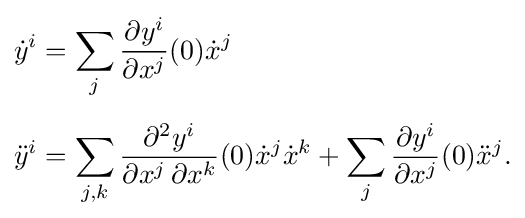
{\begin{aligned}&{\dot {y}}^{i}=\sum _{j}{\frac {\partial y^{i}}{\partial x^{j}}}(0){\dot {x}}^{j}\\[5pt]&{\ddot {y}}^{i}=\sum _{j,k}{\frac {\partial ^{2}y^{i}}{\partial x^{j}\,\partial x^{k}}}(0){\dot {x}}^{j}{\dot {x}}^{k}+\sum _{j}{\frac {\partial y^{i}}{\partial x^{j}}}(0){\ddot {x}}^{j}.\end{aligned}}